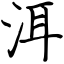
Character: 洱